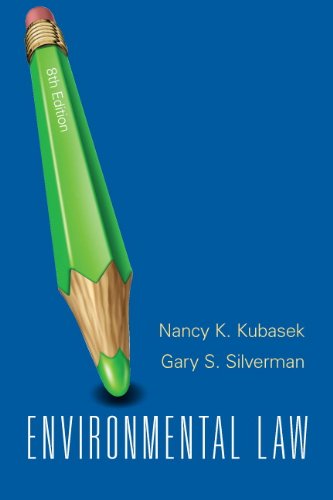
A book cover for Environmental Law (8th Edition); Nancy K. Kubasek; Law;